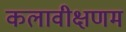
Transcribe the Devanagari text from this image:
कलावीक्षणम